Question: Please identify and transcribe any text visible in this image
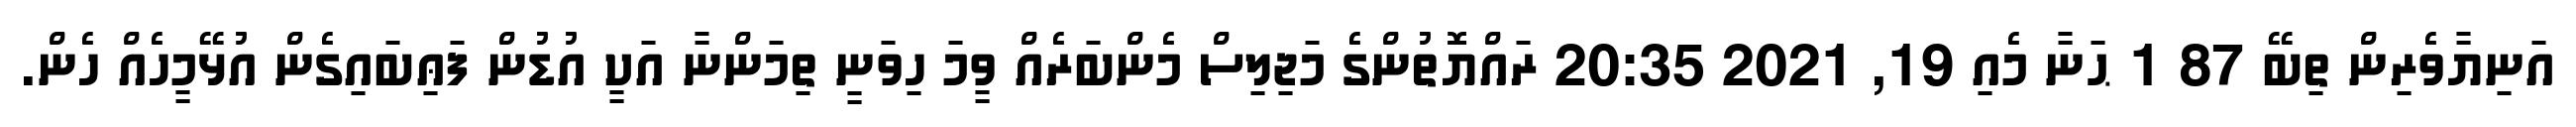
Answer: އަނިޔާވެރިން ތިބޭ 87 1 ޙަނާ މެއި 19, 2021 20:35 ރައްޔޮތުންގެ މަޖިލިސް މެންބަރެއް ވީމަ ހިވަނީ ތިމަންނާ އަކީ އުޑުން ފަޢިބައިގެން އުޅޭމީހެއް ހެން.